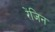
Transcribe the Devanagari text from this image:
रेंजिन